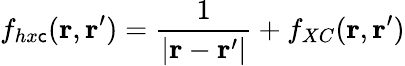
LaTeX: f_{hx\mathsf{c}}(\mathbf{{r}},\mathbf{{r}}^{\prime})=\frac{{1}}{{|\mathbf{{r}}-\mathbf{{r}}^{\prime}|}}+f_{XC}(\mathbf{{r}},\mathbf{{r}}^{\prime})